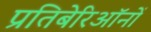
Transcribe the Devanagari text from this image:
प्रतिबेरिऑनों